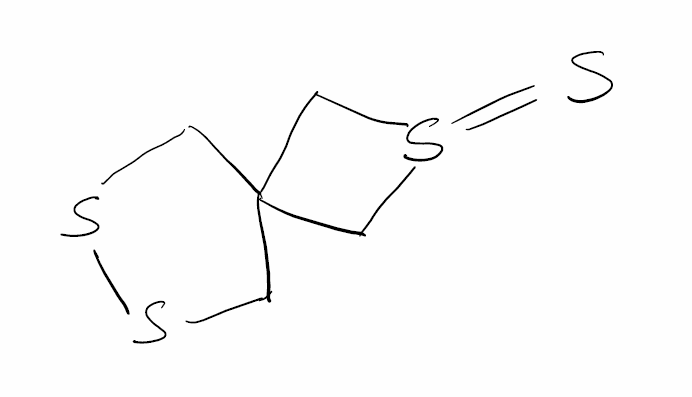
Simplified molecular-input line-entry system (SMILES) notation of the given molecule:
C1C2(CSS1)CS(=S)C2